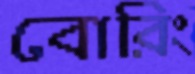
বোরিং